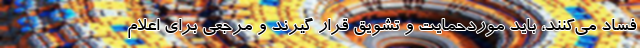
فساد می‌کنند، باید موردحمایت و تشویق قرار گیرند و مرجعی برای اعلام